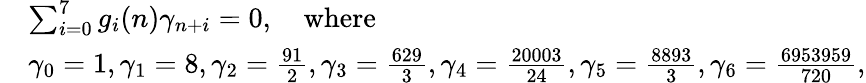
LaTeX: \begin{array}{rl}&{\sum_{i=0}^{7}g_{i}(n)\gamma_{n+i}=0,\quad\mathrm{where}}\\ &{\gamma_{0}=1,\gamma_{1}=8,\gamma_{2}=\frac{91}{2},\gamma_{3}=\frac{629}{3},\gamma_{4}=\frac{20003}{24},\gamma_{5}=\frac{8893}{3},\gamma_{6}=\frac{6953959}{720},}\end{array}